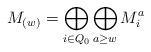
LaTeX: \begin{align*}M_{(w)} = \bigoplus_{i \in Q_0} \bigoplus_{ a \geq w} M_i^a\end{align*}